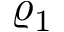
\varrho _ { 1 }